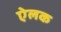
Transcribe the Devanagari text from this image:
ऐलक